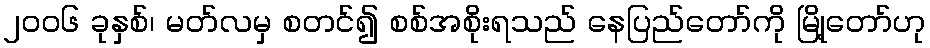
၂၀၀၆ ခုနှစ်၊ မတ်လမှ စတင်၍ စစ်အစိုးရသည် နေပြည်တော်ကို မြို့တော်ဟု